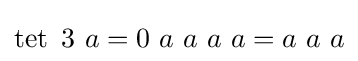
\operatorname {tet} \ 3\ a=0\ a\ a\ a\ a=a\ a\ a